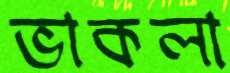
ভাকলা